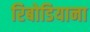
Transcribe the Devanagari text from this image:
रिबोडियाना